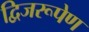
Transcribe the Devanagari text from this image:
द्विजरूपेण